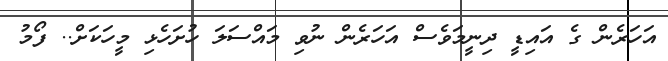
އަހަރެން ގެ އައިޑީ ދިނީމަވެސް އަހަރެން ނުވި މައްސަލަ ހުށަހެޅި މީހަކަށް.. ފޯމު